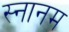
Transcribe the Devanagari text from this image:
स्नानम